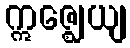
ဣဇ္ဈေယျ